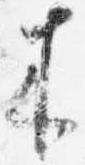
来